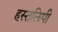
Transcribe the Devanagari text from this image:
हस्तलिपी